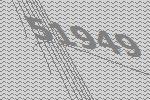
51949